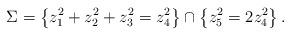
LaTeX: \begin{align*}\Sigma= \left\lbrace z_1^{2} + z_2^{2}+z_3^{2}=z_4^{2} \right\rbrace \cap \left\lbrace z_5^{2}=2 z_4^{2}\right\rbrace.\end{align*}